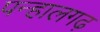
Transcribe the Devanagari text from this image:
पन्हालगढ़